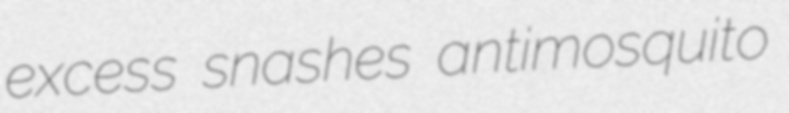
excess snashes antimosquito